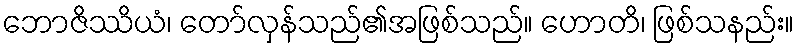
ဘောဇိဿိယံ၊ တော်လှန်သည်၏အဖြစ်သည်။ ဟောတိ၊ ဖြစ်သနည်း။